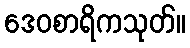
ဒေဝစာရိကသုတ်။